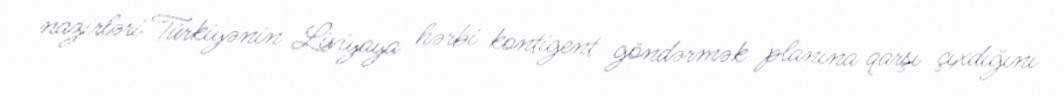
nazirləri Türkiyənin Liviyaya hərbi kontigent göndərmək planına qarşı çıxdığını